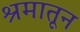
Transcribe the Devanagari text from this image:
श्रमातून